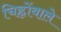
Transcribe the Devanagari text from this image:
चिह्नोंवाले